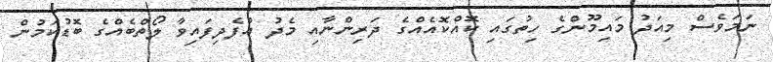
ނަމަވެސް މިއަދު މައިމޫންގެ ހިތުގައި ކޮއްކޮއެއްގެ ދަރިންނާއި މެދު އުފެދިފައިވާ ލޯތްބެއްގެ ބޮޑުކަމުން